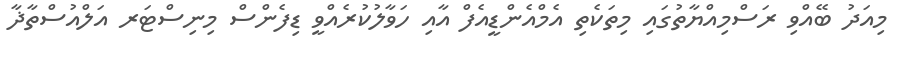
މިއަދު ބޭއްވި ރަސްމިއްޔާތުގައި މިތަކެތި އެމްއެންޑީއެފް އާއި ހަވާލުކުރެއްވީ ޑިފެންސް މިނިސްޓަރ އަލްއުސްތާޛާ